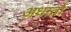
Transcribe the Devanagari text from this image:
अधातों